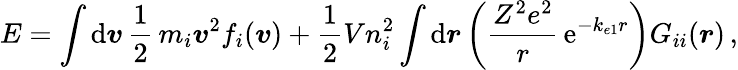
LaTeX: E=\int\mathrm{d}\boldsymbol{v}\, \frac{1}{2}\, m_{i}\boldsymbol{v}^{2}f_{i}(\boldsymbol{v})+\frac{1}{2}Vn_{i}^{2}\int\mathrm{d}\boldsymbol{r}\left(\frac{Z^{2}e^{2}}{r}\, \mathrm{e}^{-k_{e1}r}\right)G_{ii}(\boldsymbol{r})\, ,